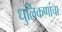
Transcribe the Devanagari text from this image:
धुलिकणांचा